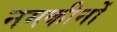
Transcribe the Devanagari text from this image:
नमकीनों